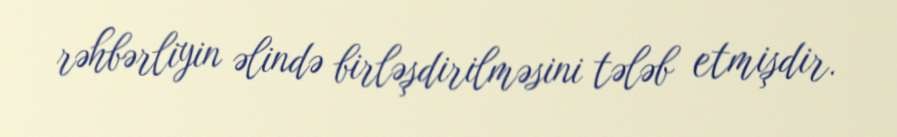
rəhbərliyin əlində birləşdirilməsini tələb etmişdir.